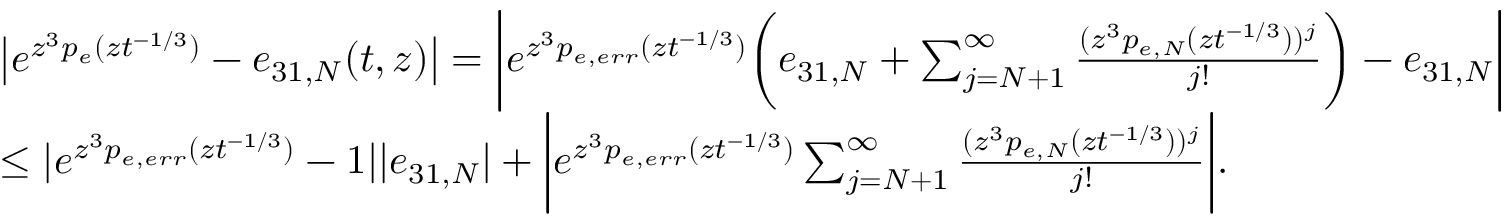
\begin{array} { r l } & { \big | e ^ { z ^ { 3 } p _ { e } ( z t ^ { - 1 / 3 } ) } - e _ { 3 1 , N } ( t , z ) \big | = \bigg | e ^ { z ^ { 3 } p _ { e , e r r } ( z t ^ { - 1 / 3 } ) } \bigg ( e _ { 3 1 , N } + \sum _ { j = N + 1 } ^ { \infty } \frac { ( z ^ { 3 } p _ { e , N } ( z t ^ { - 1 / 3 } ) ) ^ { j } } { j ! } \bigg ) - e _ { 3 1 , N } \bigg | } \\ & { \leq | e ^ { z ^ { 3 } p _ { e , e r r } ( z t ^ { - 1 / 3 } ) } - 1 | | e _ { 3 1 , N } | + \bigg | e ^ { z ^ { 3 } p _ { e , e r r } ( z t ^ { - 1 / 3 } ) } \sum _ { j = N + 1 } ^ { \infty } \frac { ( z ^ { 3 } p _ { e , N } ( z t ^ { - 1 / 3 } ) ) ^ { j } } { j ! } \bigg | . } \end{array}